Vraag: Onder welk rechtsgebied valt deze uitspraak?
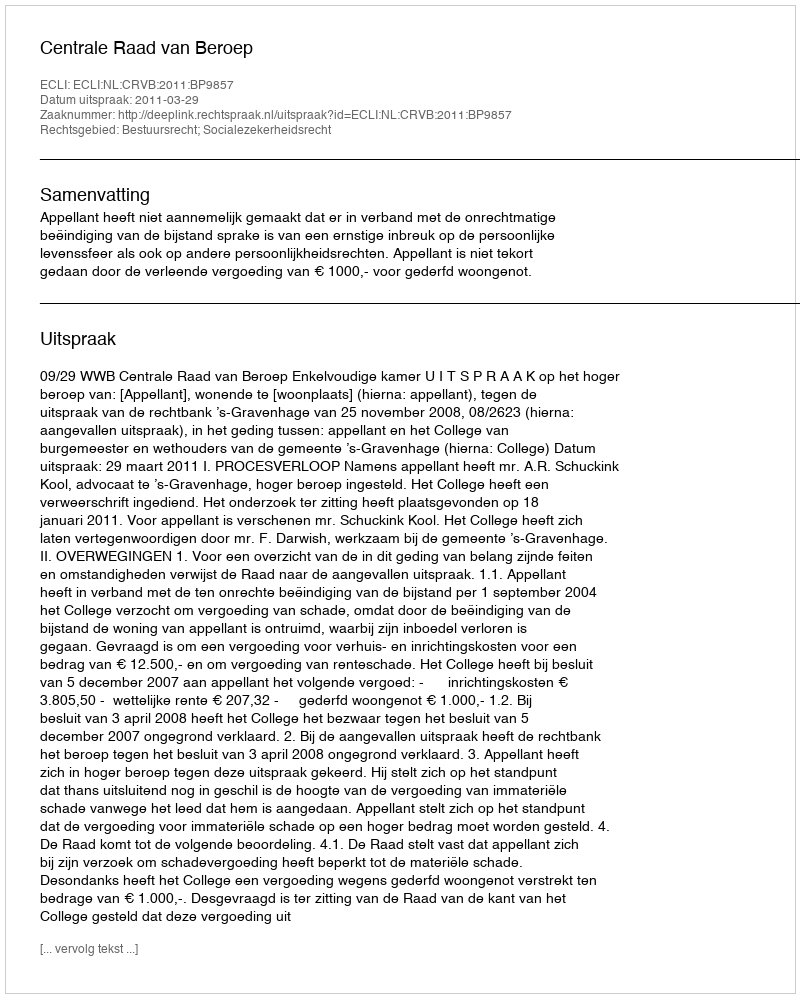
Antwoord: Bestuursrecht; Socialezekerheidsrecht